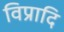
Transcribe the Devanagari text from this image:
विप्रादि